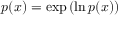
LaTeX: p ( x ) = \exp { ( \ln { p ( x ) } ) }